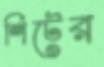
শিটের